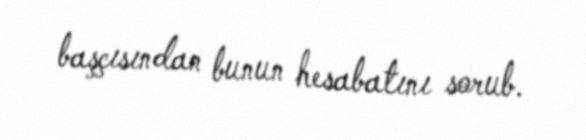
başçısından bunun hesabatını sorub.